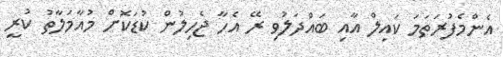
އެންމެފުރަތަމަ ކައިލް އާއި ބައްދަލުވި ރޭ އެހާ ޖެހިލުން ކުޑަކޮށް މުއާމަލާތު ކުރީ